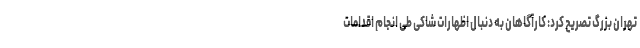
تهران بزرگ تصریح کرد: کارآگاهان به دنبال اظهارات شاکی طی انجام اقدامات